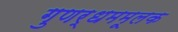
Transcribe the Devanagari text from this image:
गुणर्धममूलक